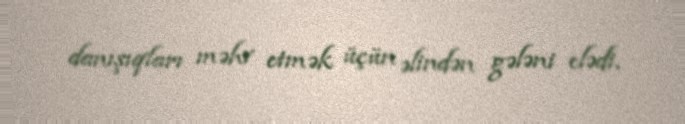
danışıqları məhv etmək üçün əlindən gələni elədi.